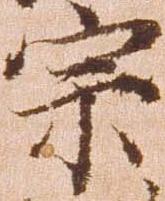
宗